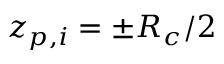
z _ { p , i } = \pm R _ { c } / 2